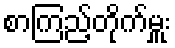
စာကြည့်တိုက်မှူး